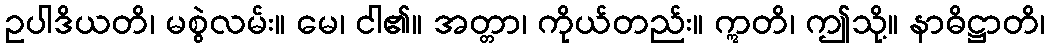
ဥပါဒိယတိ၊ မစွဲလမ်း။ မေ၊ ငါ၏။ အတ္တာ၊ ကိုယ်တည်း။ ဣတိ၊ ဤသို့။ နာဓိဋ္ဌာတိ၊